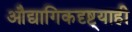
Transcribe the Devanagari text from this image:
औद्यागिकदृष्ट्याही